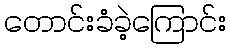
တောင်းခံခဲ့ကြောင်း